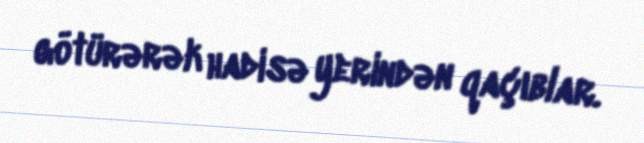
götürərək hadisə yerindən qaçıblar.